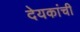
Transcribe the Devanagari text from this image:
देयकांची